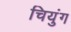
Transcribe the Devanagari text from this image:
चियुंग